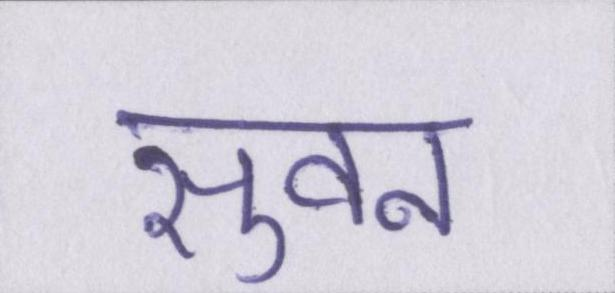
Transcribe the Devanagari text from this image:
सुवन